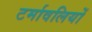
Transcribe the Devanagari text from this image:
टर्मावलियों